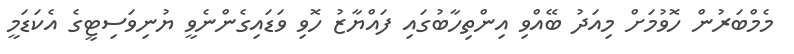
މެމްބަރުން ހޮވުމަށް މިއަދު ބޭއްވި އިންތިހާބުގައި ފައްޔާޒު ހޮވި ވަޑައިގެންނެވީ ޔުނިވަސިޓީގެ އެކަޑަމީ